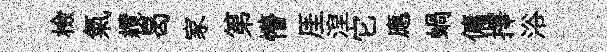
檢氣纜曷家第懵厓湼它應蝸傭擇浴